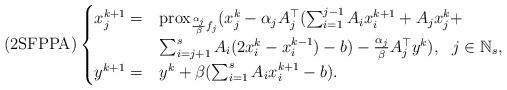
LaTeX: \begin{align*} (\mathrm{2SFPPA})\begin{cases} x_j^{k+1} = &\mathrm{prox}_{\frac{\alpha_j}{\beta}f_j}(x_j^k-\alpha_j A_j^\top(\sum_{i=1}^{j-1}A_ix_i^{k+1}+A_jx_j^k + \\ & \sum_{i=j+1}^s A_i(2x_i^k-x_i^{k-1})-b)-\frac{\alpha_j}{\beta}A_j^\top y^k), ~~ j\in\mathbb{N}_s,\\ y^{k+1} =& y^k+\beta(\sum_{i=1}^s A_ix_i^{k+1}-b). \end{cases} \end{align*}